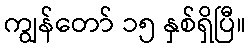
ကျွန်တော် ၁၅ နှစ်ရှိပြီ။